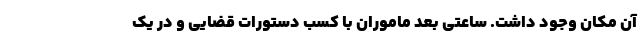
آن مکان وجود داشت. ساعتی بعد ماموران با کسب دستورات قضایی و در یک